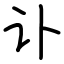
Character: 讣